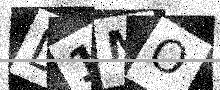
Text: D1MO